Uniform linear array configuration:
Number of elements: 48
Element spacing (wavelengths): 0.5
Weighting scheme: binomial
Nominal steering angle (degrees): -45
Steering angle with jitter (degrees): -45.473
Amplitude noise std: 0.05
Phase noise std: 0.05

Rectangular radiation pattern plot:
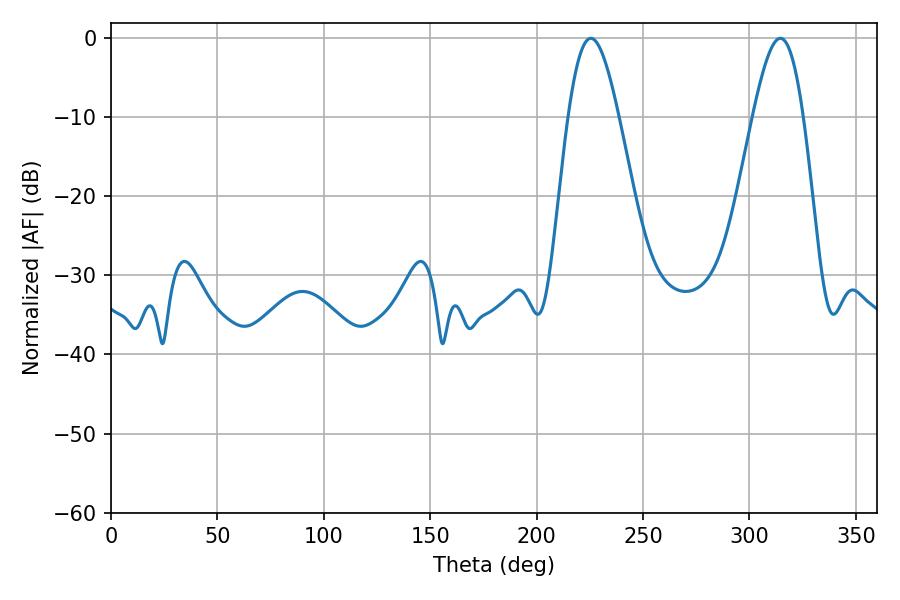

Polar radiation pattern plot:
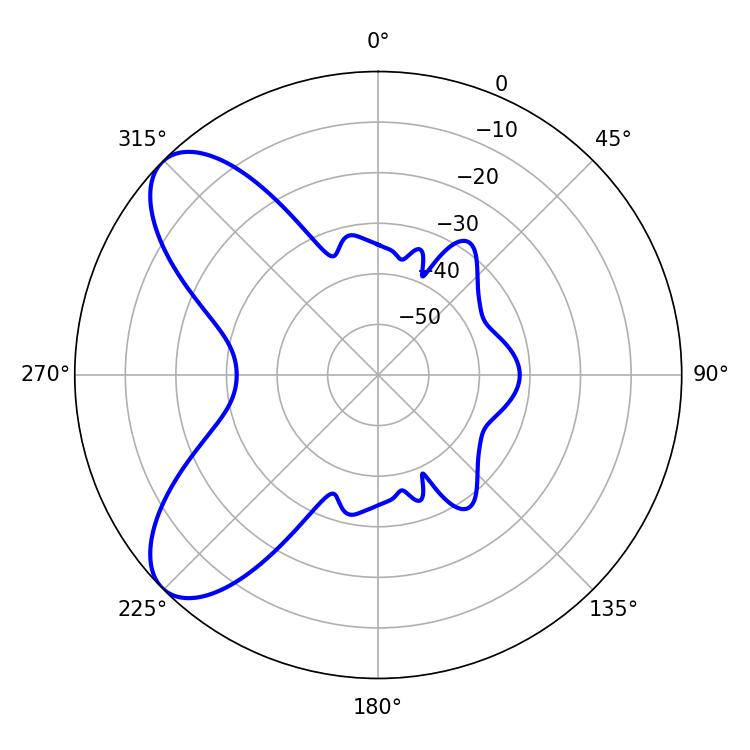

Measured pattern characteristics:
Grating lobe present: FALSE
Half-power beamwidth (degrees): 12.78
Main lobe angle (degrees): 314.46